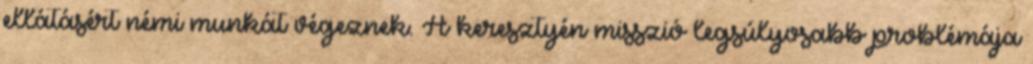
ellátásért némi munkát végeznek. A keresztyén misszió legsúlyosabb problémája